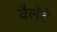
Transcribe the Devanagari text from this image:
वैलेंटे